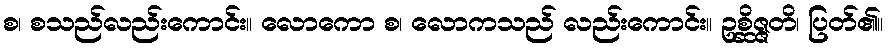
စ၊ စသည်လည်းကောင်း။ လောကော စ၊ လောကသည် လည်းကောင်း။ ဥစ္ဆိဇ္ဇတိ၊ ပြတ်၏။